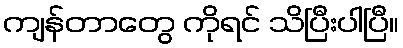
ကျန်တာတွေ ကိုရင် သိပြီးပါပြီ။